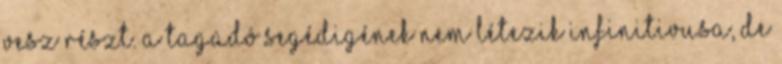
vesz részt. A tagadó segédigének nem létezik infinitivusa, de